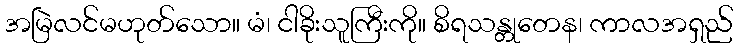
အမြဲလင်မဟုတ်သော။ မံ၊ ငါခိုးသူကြီးကို။ စိရသန္တုတေန၊ ကာလအရှည်